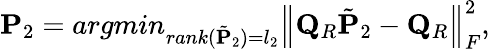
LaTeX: \mathbf{P}_{2}=argmin_{rank(\tilde{\mathbf{P}}_{2})=l_{2}}\left\lVert\mathbf{Q}_{R}\tilde{\mathbf{P}}_{2}-\mathbf{Q}_{R}\right\rVert_{F}^{2},